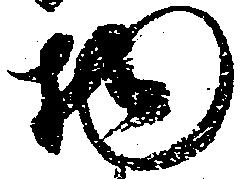
物